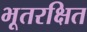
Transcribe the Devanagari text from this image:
भूतरक्षित